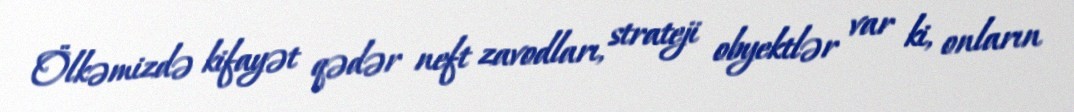
Ölkəmizdə kifayət qədər neft zavodları, strateji obyektlər var ki, onların